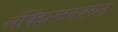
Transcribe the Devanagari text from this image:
लेक्झिंग्टनवरुन